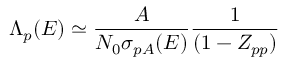
\Lambda _ { p } ( E ) \simeq { \frac { A } { N _ { 0 } \sigma _ { p A } ( E ) } } { \frac { 1 } { ( 1 - Z _ { p p } ) } }